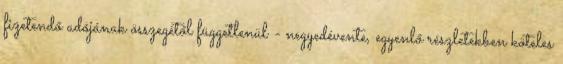
fizetendő adójának összegétől függetlenül - negyedévente, egyenlő részletekben köteles